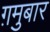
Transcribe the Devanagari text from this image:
ग़मुबार